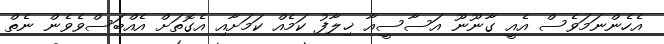
އެހެންނަމަވެސް އެއީ ގާނޫނޫ އަސާސީއާ ޚިލާފު ކަމެއް ކަމަށާއި އެގޮތަށް އެއްބަސްވެވެން ނެތް